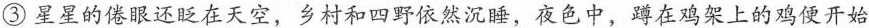
③星星的倦眼还眨在天空，乡村和四野依然沉睡，夜色中，蹲在鸡架上的鸡便开始